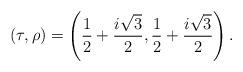
LaTeX: \begin{align*}(\tau, \rho)=\left(\frac{1}{2} +\frac{i\sqrt{3}}{2},\frac{1}{2} +\frac{i\sqrt{3}}{2}\right).\end{align*}